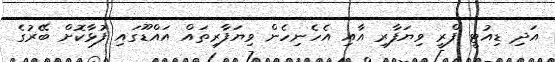
އަދި ޑިއުޓީ ފްރީ ވިޔަފާރި އާއި އެހެނިހެން ވިޔަފާރިތައް އައްޑޫގައި ފުޅާކޮށް ބޭރުގެ